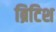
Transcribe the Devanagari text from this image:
ब्रिटिश